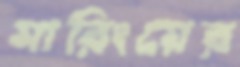
মারিংয়ের